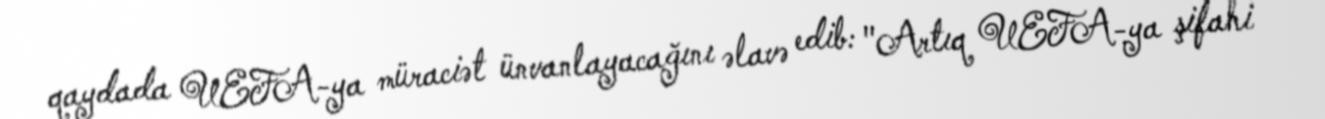
qaydada UEFA-ya müraciət ünvanlayacağını əlavə edib: "Artıq UEFA-ya şifahi